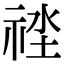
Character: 𥙲